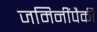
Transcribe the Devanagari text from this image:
जमिनींपैकी